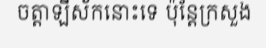
ចត្តាឡីស័កនោះទេ ប៉ុន្តែក្រសួង